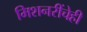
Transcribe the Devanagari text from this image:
मिशनरींचेही